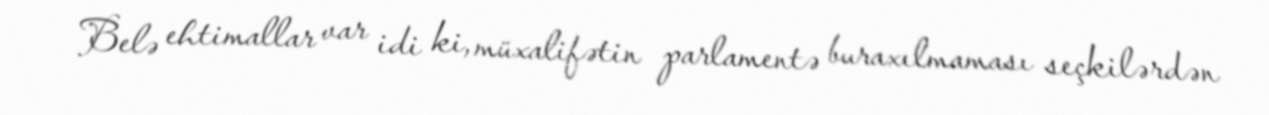
Belə ehtimallar var idi ki, müxalifətin parlamentə buraxılmaması seçkilərdən